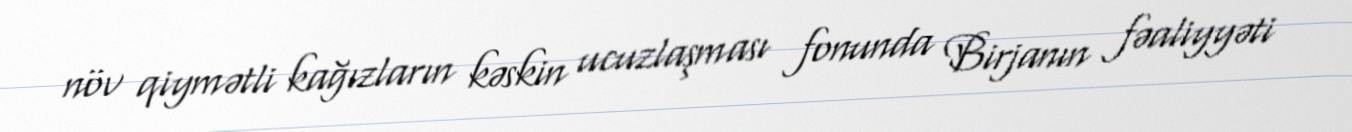
növ qiymətli kağızların kəskin ucuzlaşması fonunda Birjanın fəaliyyəti